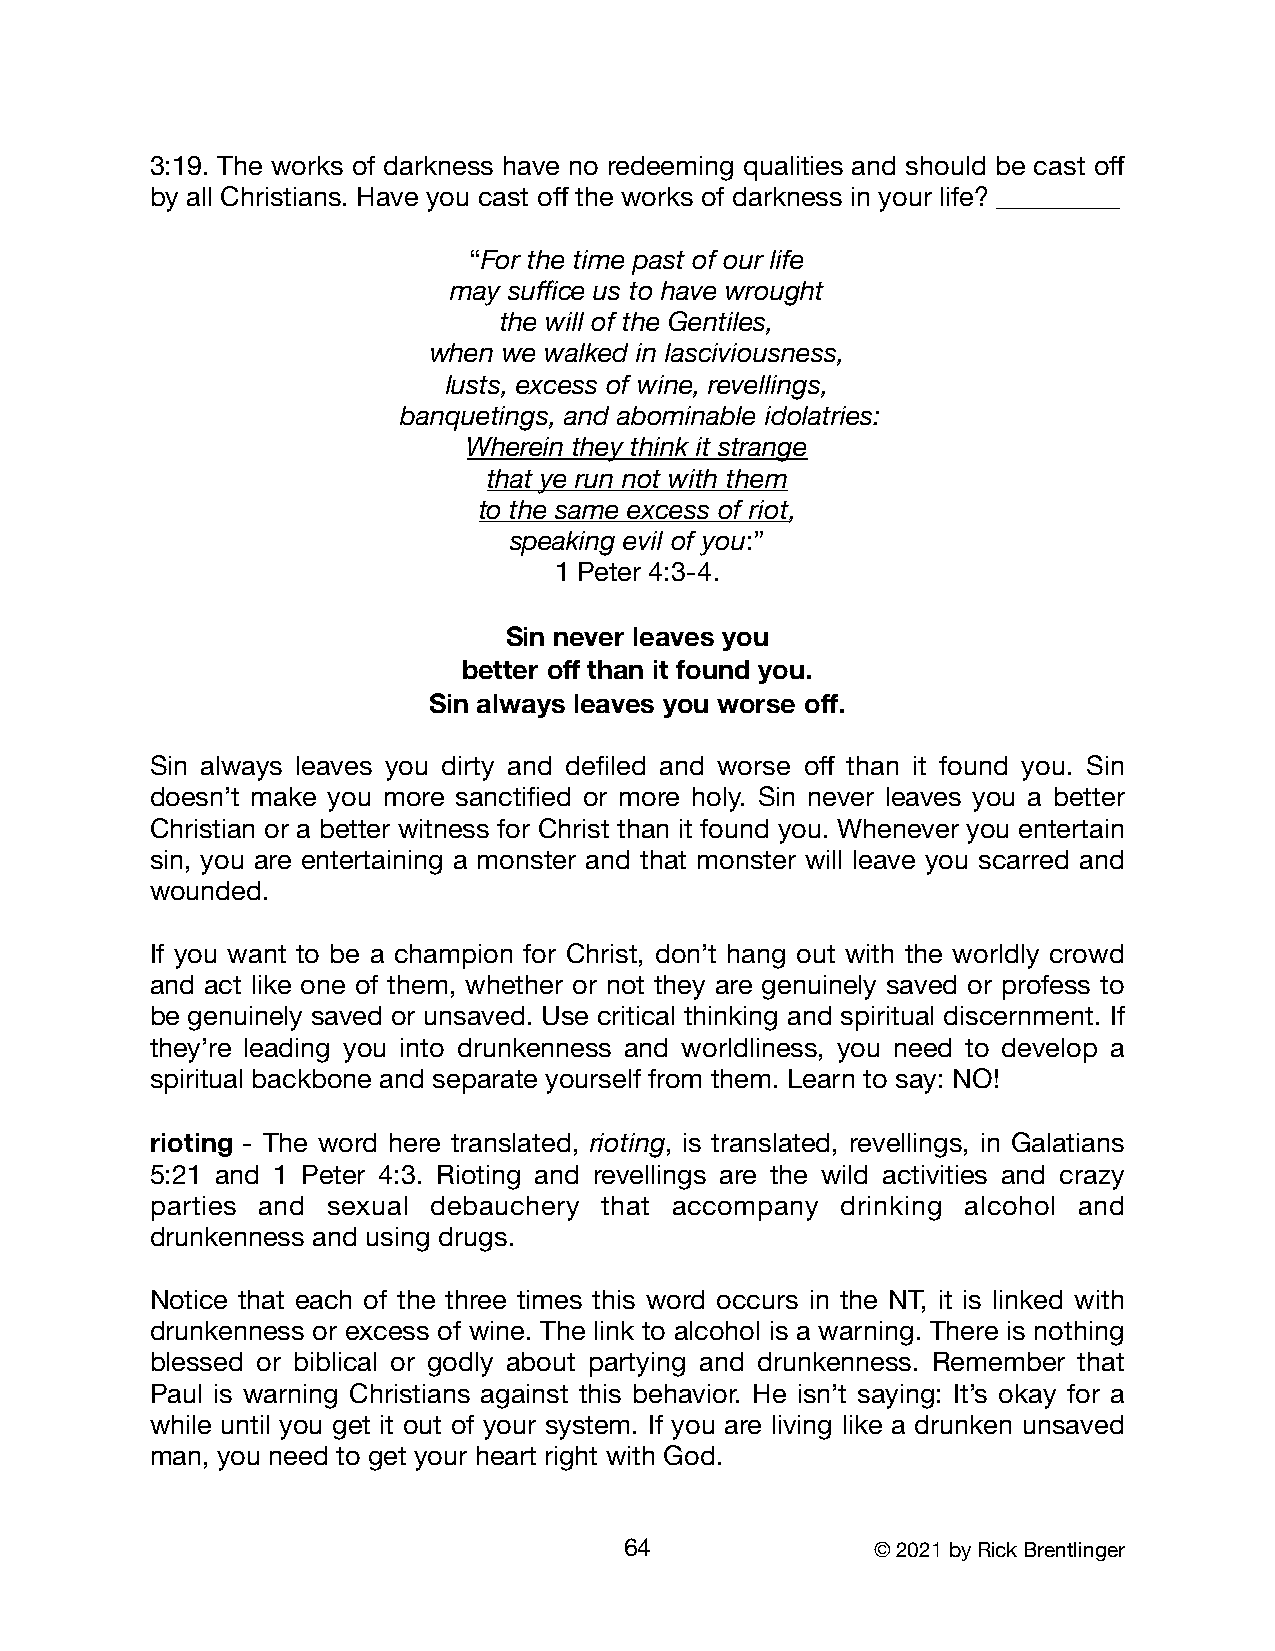
3:19. The works of darkness have no redeeming qualities and should be cast off
 by all Christians. Have you cast off the works of darkness in your life? _________
 “For the time past of our life
 may suffice us to have wrought
 the will of the Gentiles,
 when we walked in lasciviousness,
 lusts, excess of wine, revellings,
 banquetings, and abominable idolatries:
 Wherein they think it strange
 that ye run not with them
 to the same excess of riot,
 speaking evil of you:”
 1 Peter 4:3-4.
 Sin never leaves you
 better off than it found you.
 Sin always leaves you worse off.
 Sin always leaves you dirty and defiled and worse off than it found you. Sin
 doesn’t make you more sanctified or more holy. Sin never leaves you a better
 Christian or a better witness for Christ than it found you. Whenever you entertain
 sin, you are entertaining a monster and that monster will leave you scarred and
 wounded.
 If you want to be a champion for Christ, don’t hang out with the worldly crowd
 and act like one of them, whether or not they are genuinely saved or profess to
 be genuinely saved or unsaved. Use critical thinking and spiritual discernment. If
 they’re leading you into drunkenness and worldliness, you need to develop a
 spiritual backbone and separate yourself from them. Learn to say: NO!
 rioting - The word here translated, rioting, is translated, revellings, in Galatians
 5:21 and 1 Peter 4:3. Rioting and revellings are the wild activities and crazy
 parties and sexual debauchery that accompany  drinking alcohol and
 drunkenness and using drugs.
 Notice that each of the three times this word occurs in the NT, it is linked with
 drunkenness or excess of wine. The link to alcohol is a warning. There is nothing
 blessed or biblical or godly about partying and drunkenness. Remember that
 Paul is warning Christians against this behavior. He isn’t saying: It’s okay for a
 while until you get it out of your system. If you are living like a drunken unsaved
 man, you need to get your heart right with God.
 64               © 2021 by Rick Brentlinger